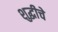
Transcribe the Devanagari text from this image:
शुद्धीचे